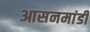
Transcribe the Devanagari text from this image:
आसनमांडी